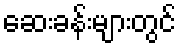
ဆေးခန်းများတွင်